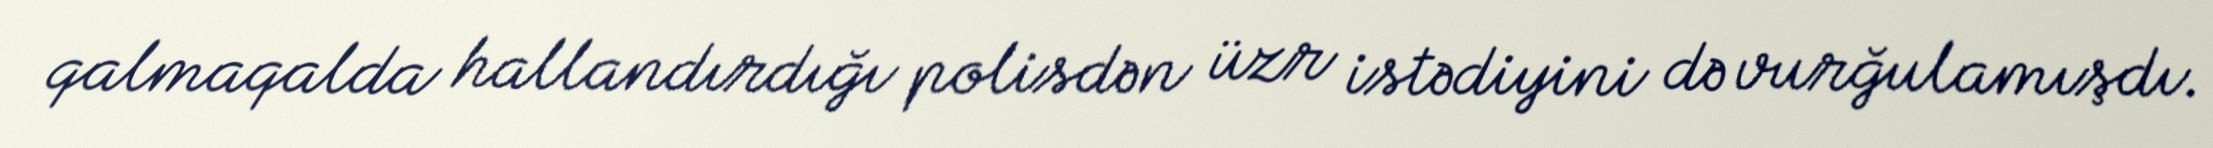
qalmaqalda hallandırdığı polisdən üzr istədiyini də vurğulamışdı.